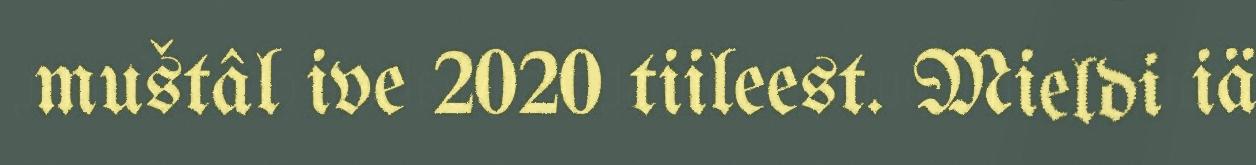
muštâl ive 2020 tiileest. Mieldi iä